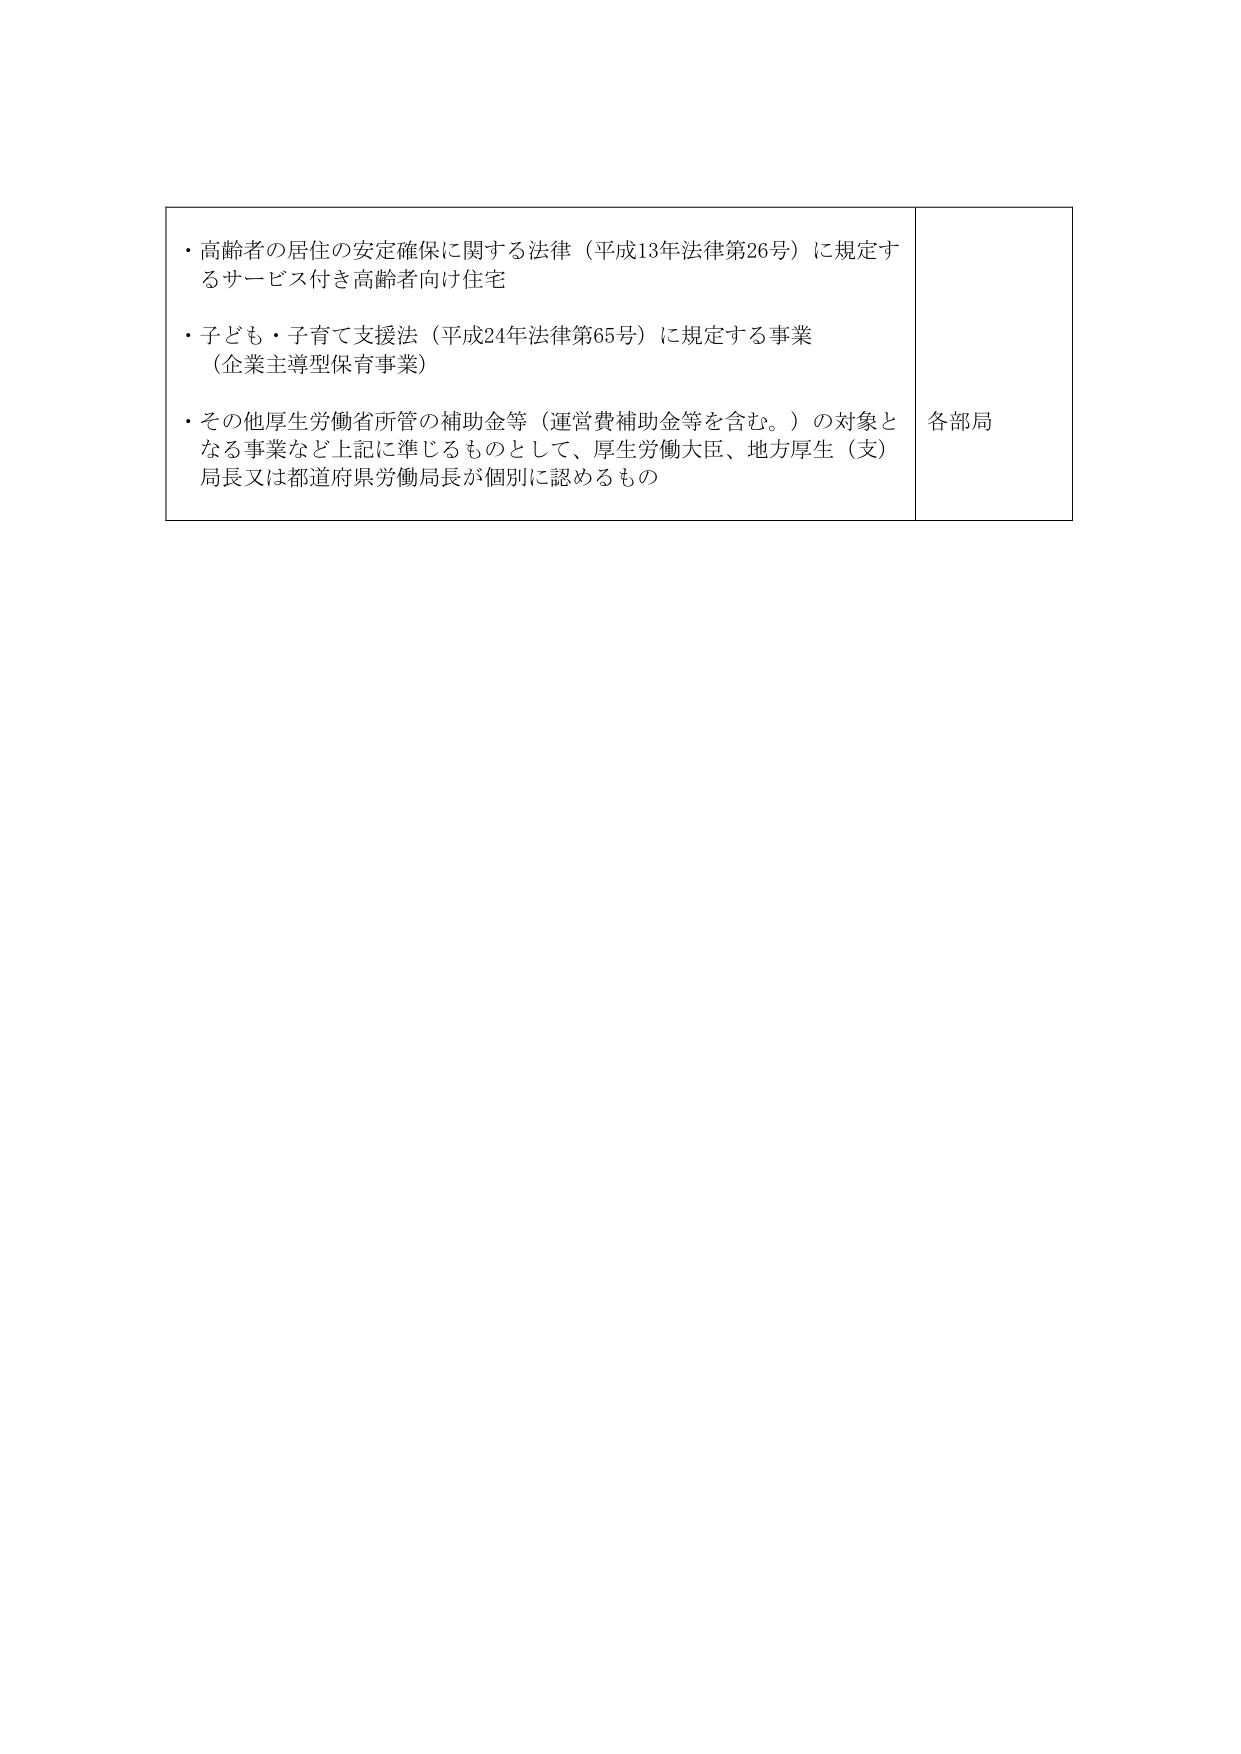
・高齢者の居住の安定確保に関する法律（平成13年法律第26号）に規定するサービス付き高齢者向け住宅
・子ども・子育て支援法（平成24年法律第65号）に規定する事業（企業主導型保育事業）
・その他厚生労働省所管の補助金等（運営費補助金等を含む。）の対象となる事業など上記に準じるものとして、厚生労働大臣、地方厚生（支）局長又は都道府県労働局長が個別に認めるもの
各部局